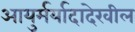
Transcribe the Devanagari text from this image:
आयुर्मर्यादादेखील